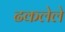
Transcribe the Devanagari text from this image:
ढकलेले